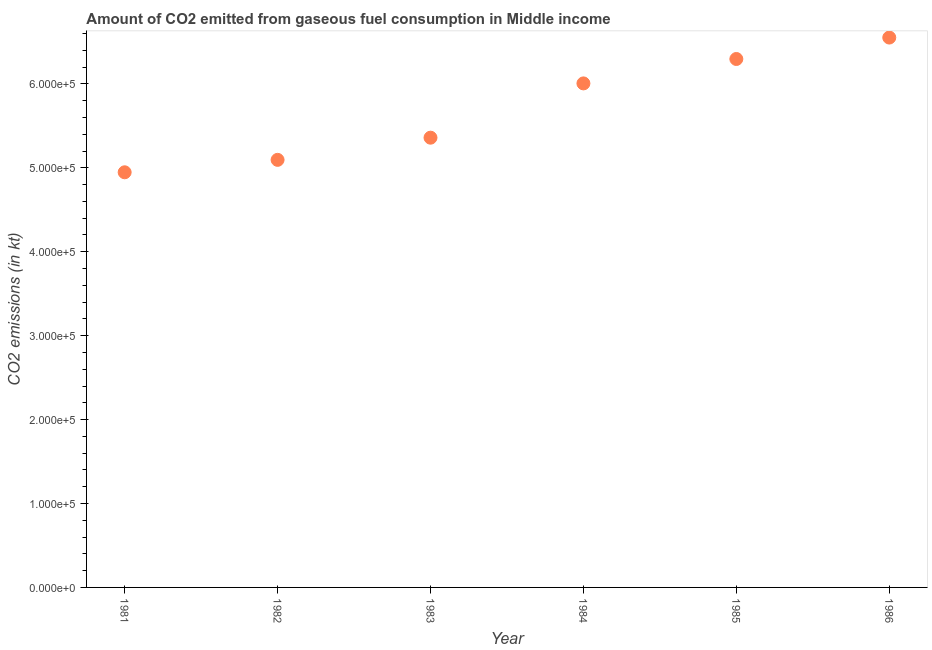
| Year | CO2 emissions from gaseous fuel consumption |
 | --- | --- |
 | 1981 | 4.95e+05 |
 | 1982 | 5.09e+05 |
 | 1983 | 5.36e+05 |
 | 1984 | 6.01e+05 |
 | 1985 | 6.3e+05 |
 | 1986 | 6.55e+05 |